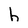
Character: h